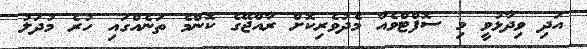
އަދި ވިދާޅުވީ މި ސޮފްޓްވެއާ މެދުވެރިކޮށް ރާއްޖޭގެ ކޮންމެ ތަނެއްގައި ހުރެ މުދަލު